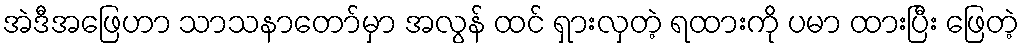
အဲဒီအဖြေဟာ သာသနာတော်မှာ အလွန် ထင် ရှားလှတဲ့ ရထားကို ပမာ ထားပြီး ဖြေတဲ့